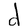
Character: d